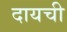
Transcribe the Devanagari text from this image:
दायची